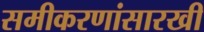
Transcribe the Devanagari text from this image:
समीकरणांसारखी